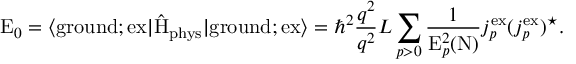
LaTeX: \mathrm { E } _ { 0 } = \langle \mathrm { g r o u n d } ; \mathrm { e x } | \hat { \mathrm { H } } _ { \mathrm { p h y s } } | \mathrm { g r o u n d } ; \mathrm { e x } \rangle = { \hbar } ^ { 2 } \frac { q ^ { 2 } } { q ^ { 2 } } { L } \sum _ { p > 0 } \frac { 1 } { \mathrm { E } _ { p } ^ { 2 } ( \mathrm { N } ) } j _ { p } ^ { \mathrm { e x } } ( j _ { p } ^ { \mathrm { e x } } ) ^ { \star } .